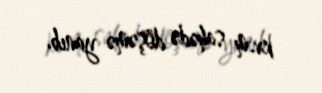
kv.m sahədə döşəmə yanıb.